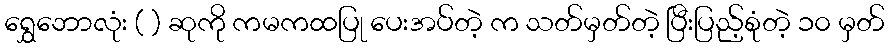
ရွှေဘောလုံး ( ) ဆုကို ကမကထပြု ပေးအပ်တဲ့ က သတ်မှတ်တဲ့ ပြီးပြည့်စုံတဲ့ ၁၀ မှတ်